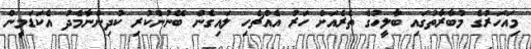
މިއަހަރުގެ މުބާރާތުގައި ބާލީހުގެ ތެރެއަށް ހަރު އެއްޗެހި ލައިގެން ބޭނުންކުރި ކުދިންނާމެދު އެކަޑަމީން